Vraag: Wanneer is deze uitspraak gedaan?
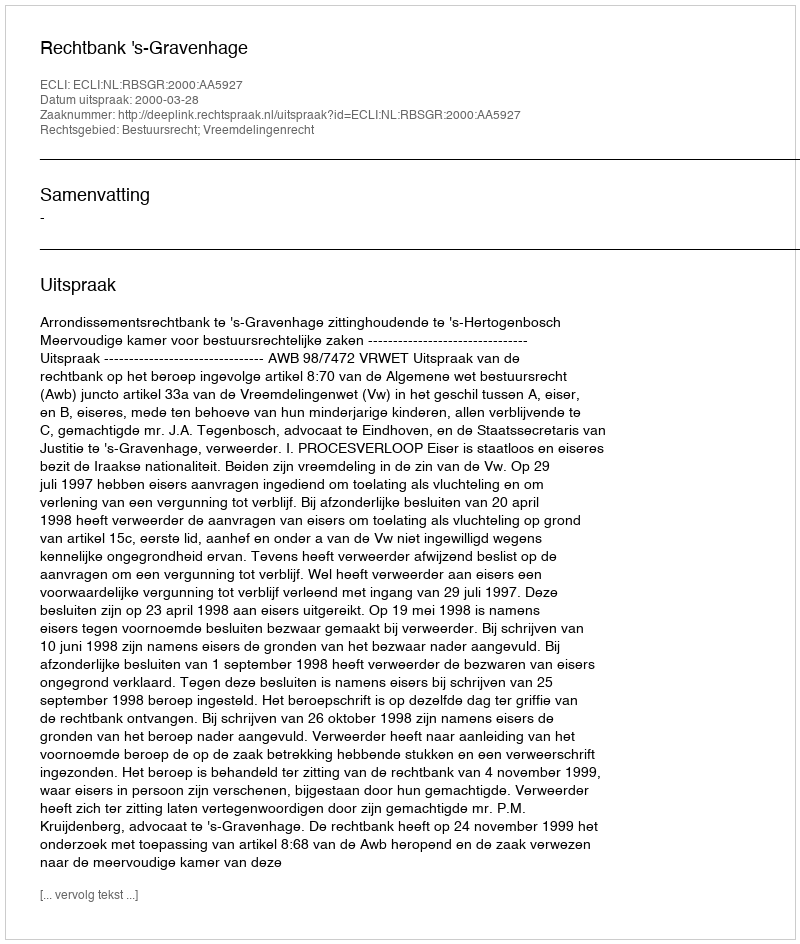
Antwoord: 2000-03-28